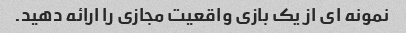
نمونه ای از یک بازی واقعیت مجازی را ارائه دهید.